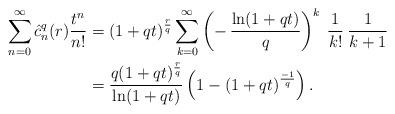
LaTeX: \begin{align*} \sum_{n=0}^{\infty}\hat{c}_n^q(r)\frac{t^n}{n!}&=(1+qt)^{\frac{r}{q}}\sum_{k=0}^{\infty}\left(-\,\frac{\ln(1+qt)}{q}\right)^k\:\frac{1}{k!}\:\frac{1}{k+1}\\&=\frac{q(1+qt)^{\frac{r}{q}}}{\ln(1+qt)}\left(1-(1+qt)^{\frac{-1}{q}} \right).\end{align*}